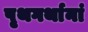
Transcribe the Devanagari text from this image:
पृथगर्थानां